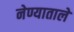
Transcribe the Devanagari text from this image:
नेण्याताले